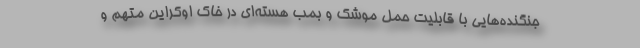
جنگنده‌هایی با قابلیت حمل موشک و بمب هسته‌ای در خاک اوکراین متهم و